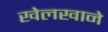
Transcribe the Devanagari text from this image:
खेलखाने